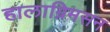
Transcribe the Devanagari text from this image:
हालाग्रिमसन